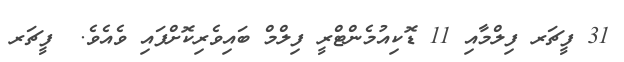
31 ފީޗަރ ފިލްމާއި 11 ޑޮކިއުމެންޓްރީ ފިލްމް ބައިވެރިކޮށްފައި ވެއެވެ.  ފީޗަރ